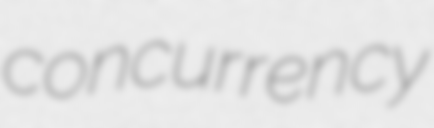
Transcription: concurrency